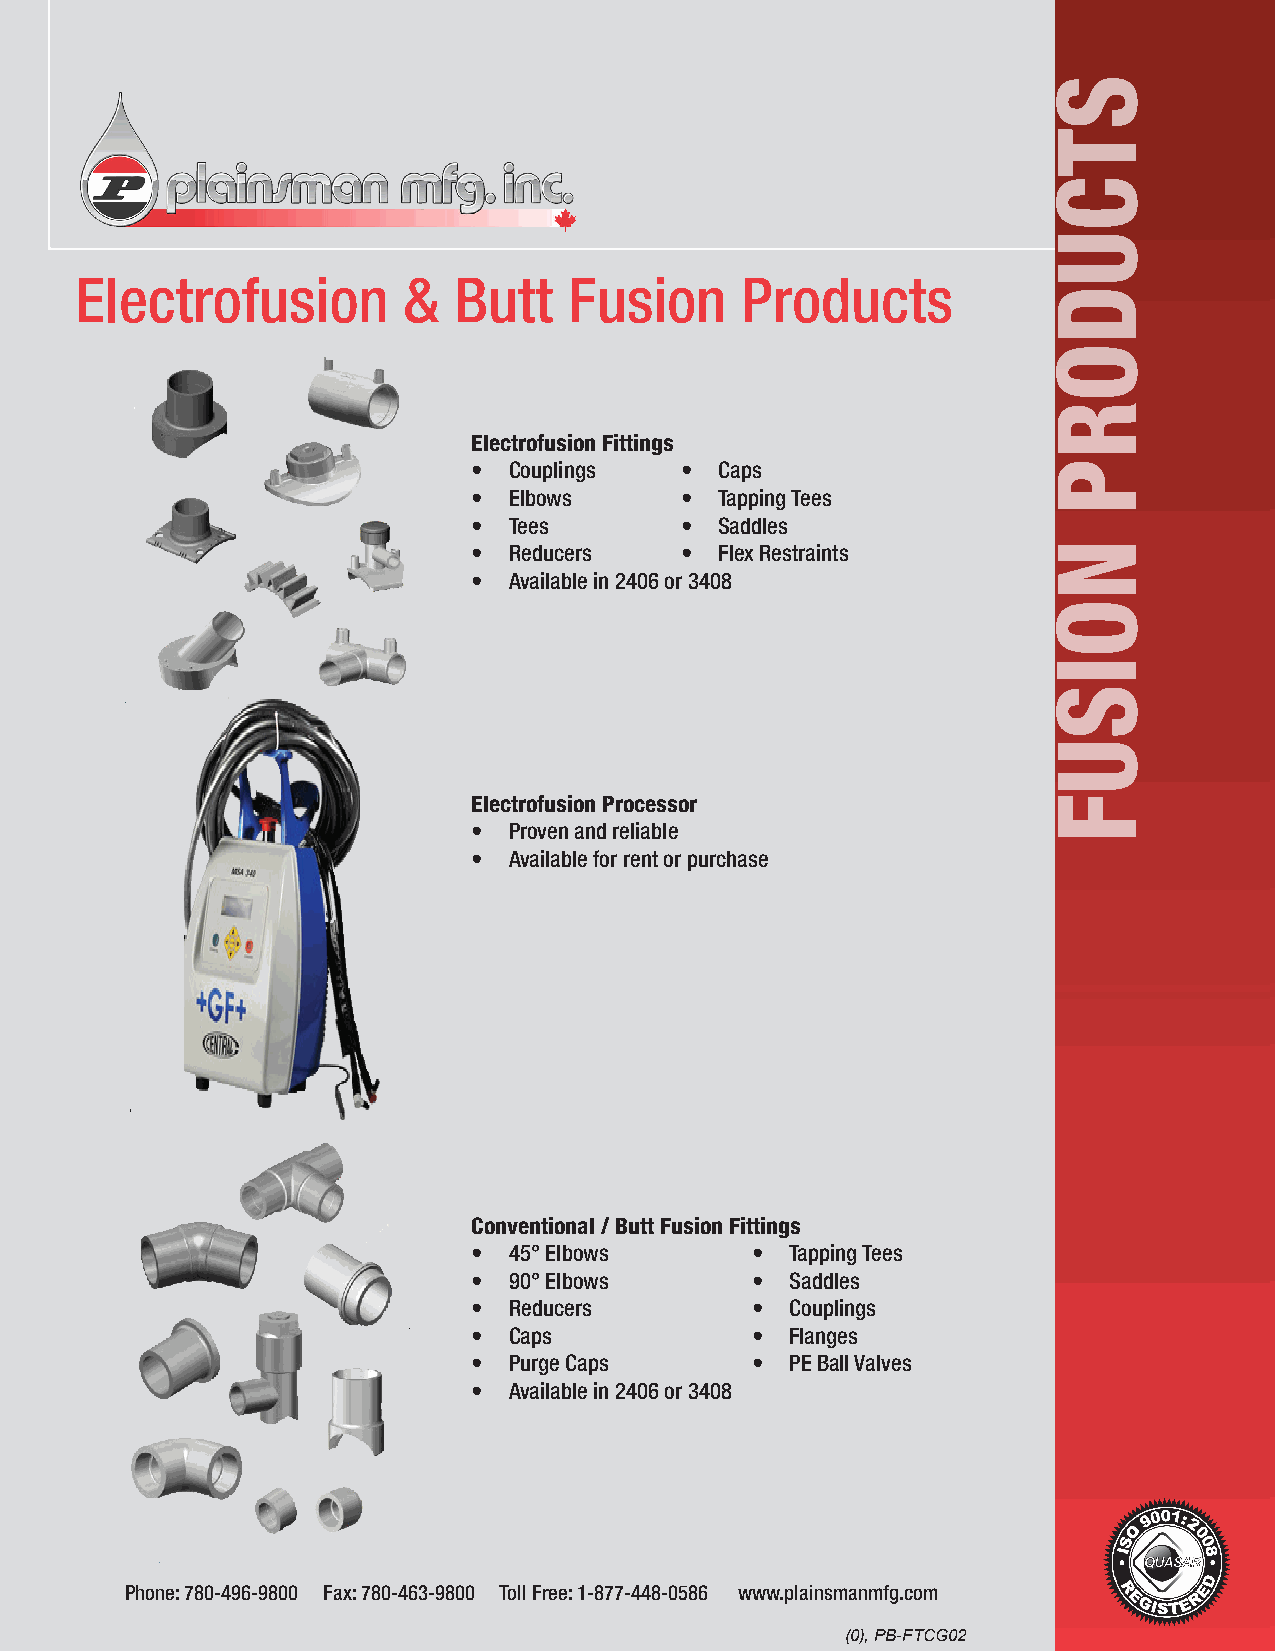
Electrofusion         &  Butt    Fusion     Products
 Electrofusion Fittings
 •  Couplings  •  Caps
 •  Elbows     •  Tapping Tees
 •  Tees       •  Saddles
 •  Reducers   •  Flex Restraints
 •  Available in 2406 or 3408
 Electrofusion Processor
 •  Proven and reliable
 •  Available for rent or purchase
 Conventional / Butt Fusion Fittings
 •  45° Elbows      • Tapping Tees
 •  90° Elbows      • Saddles
 •  Reducers        • Couplings
 •  Caps            • Flanges
 •  Purge Caps      • PE Ball Valves
 •  Available in 2406 or 3408
 Phone: 780-496-9800 Fax: 780-463-9800 Toll Free: 1-877-448-0586 www.plainsmanmfg.com
 (0), PB-FTCG02
 STCUDORP
 NOISUF